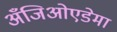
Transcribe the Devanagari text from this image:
अँजिओएडेमा